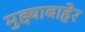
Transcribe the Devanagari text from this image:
मुद्द्याबाहेर